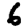
Digit: 6